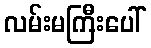
လမ်းမကြီးပေါ်